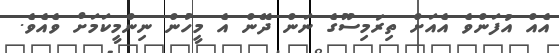
އެއް އުފަންވެ އެއަށް ތިރަމިސޫގެ ނަން ދޭން އެ މީހުން ނިންމީކަމަށް ވެއެވެ.